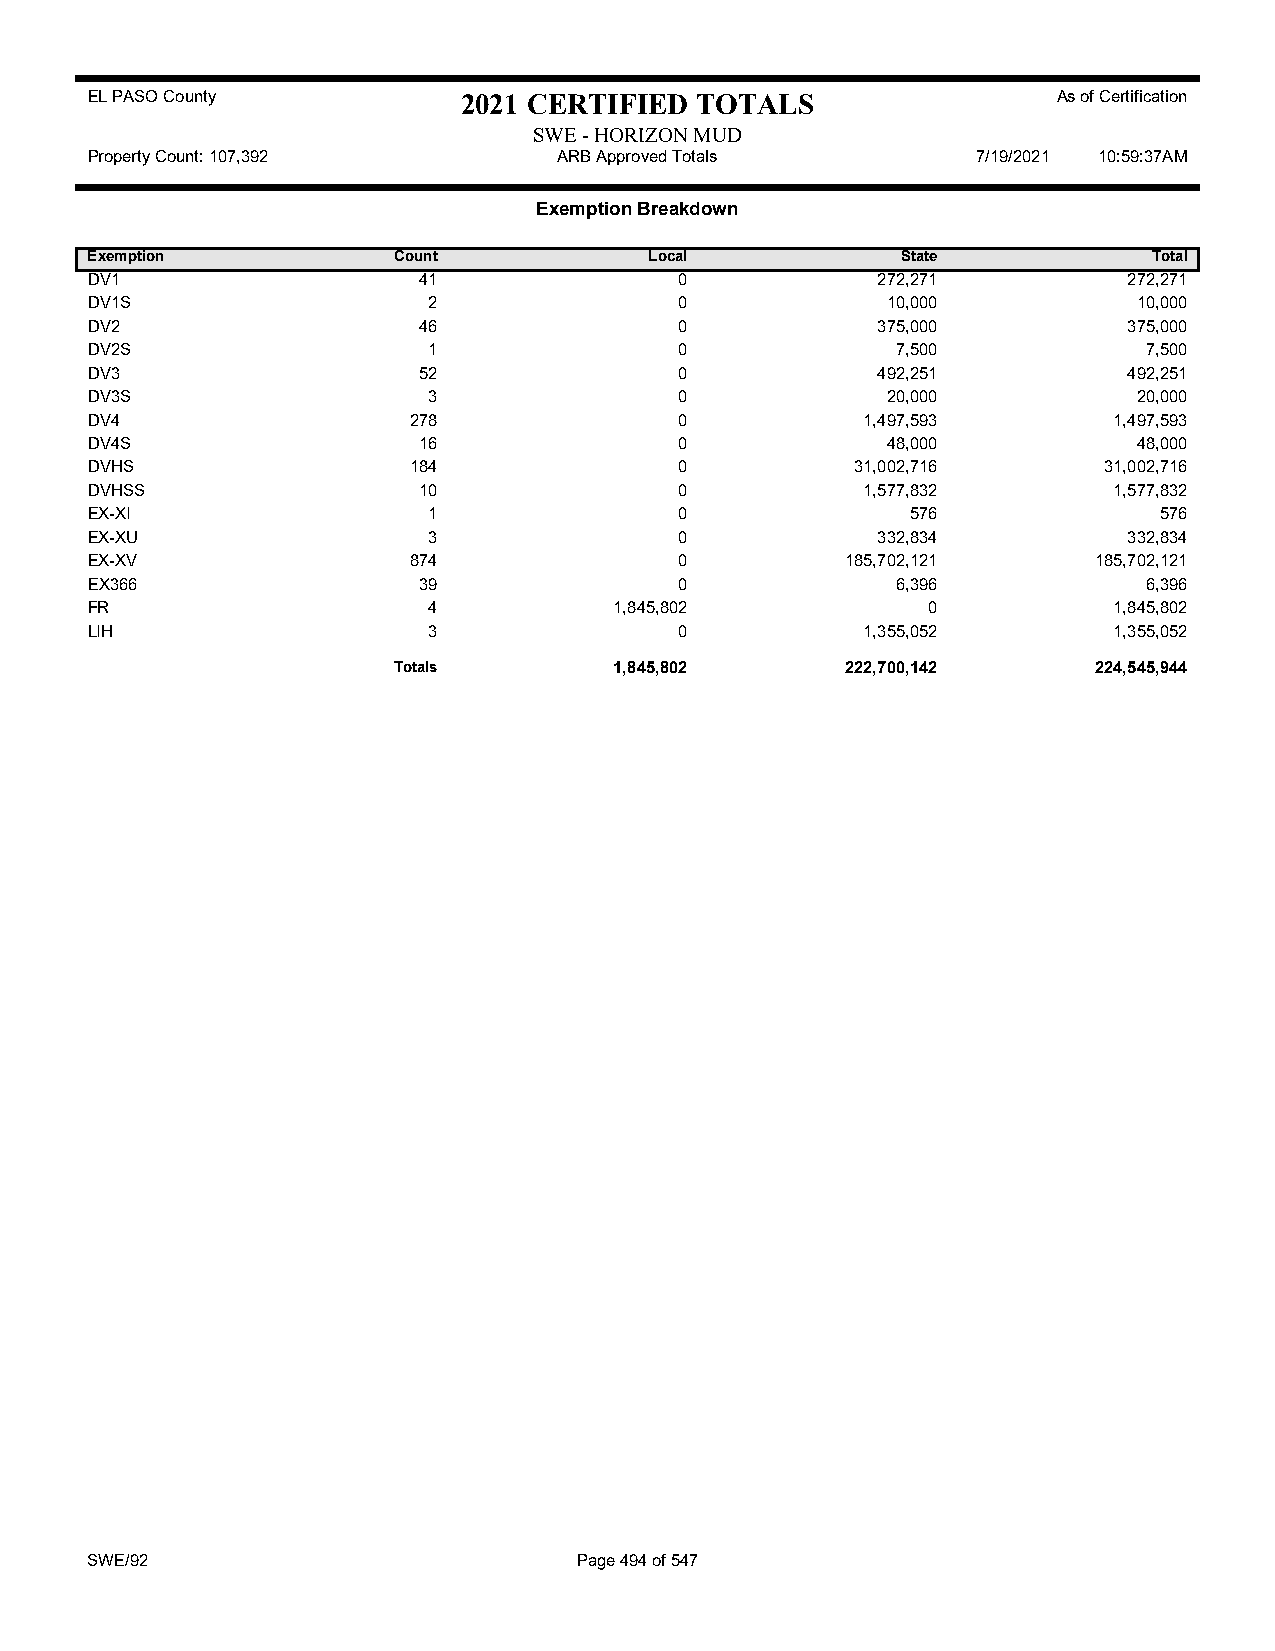
EL PASO County           2021 CERTIFIED TOTALS                  As of Certification
 SWE - HORIZON MUD
 Property Count: 107,392        ARB Approved Totals         7/19/2021 10:59:37AM
 Exemption Breakdown
 Exemption           Count            Local            State           Total
 DV1                   41               0            272,271          272,271
 DV1S                  2                0             10,000          10,000
 DV2                   46               0            375,000          375,000
 DV2S                  1                0             7,500            7,500
 DV3                   52               0            492,251          492,251
 DV3S                  3                0             20,000          20,000
 DV4                  278               0           1,497,593        1,497,593
 DV4S                  16               0             48,000          48,000
 DVHS                 184               0           31,002,716      31,002,716
 DVHSS                 10               0           1,577,832        1,577,832
 EX-XI                 1                0              576              576
 EX-XU                 3                0            332,834          332,834
 EX-XV                874               0          185,702,121     185,702,121
 EX366                 39               0             6,396            6,396
 FR                    4            1,845,802           0            1,845,802
 LIH                   3                0           1,355,052        1,355,052
 Totals         1,845,802      222,700,142     224,545,944
 SWE/92                          Page 494 of 547